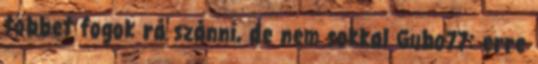
többet fogok rá szánni, de nem sokkal Gubo77: erre